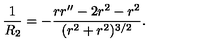
\frac { 1 } { R _ { 2 } } = - \frac { r r ^ { \prime \prime } - 2 r ^ { 2 } - r ^ { 2 } } { ( r ^ { 2 } + r ^ { 2 } ) ^ { 3 / 2 } } . \nonumber